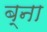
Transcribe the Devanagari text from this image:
ब्ना